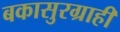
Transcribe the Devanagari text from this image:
बकासुरग्राही